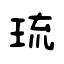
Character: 琉